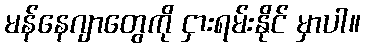
မန်နေဂျာတွေကို ငှားရမ်းနိုင် မှာပါ။